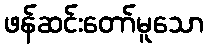
ဖန်ဆင်းတော်မူသော